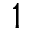
1